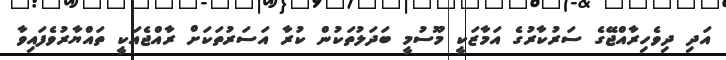
އަދި ދިވެހިރާއްޖޭގެ ސަރުކާރުގެ އަމާޒަކީ މޫސުމީ ބަދަލުތަކުން ކުރާ އަސަރުތަކަށް ރާއްޖެއަކީ ތައްޔާރުވެފައިވާ